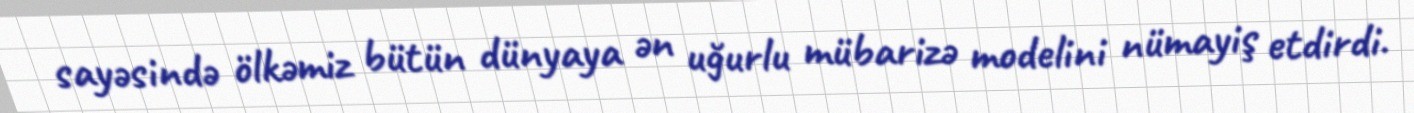
sayəsində ölkəmiz bütün dünyaya ən uğurlu mübarizə modelini nümayiş etdirdi.